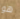
هو